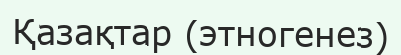
Қазақтар (этногенез)